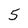
Character: 5